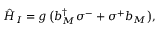
\begin{array} { r } { \hat { H } _ { I } = g \, \big ( b _ { M } ^ { \dagger } \sigma ^ { - } + \sigma ^ { + } b _ { M } \big ) , } \end{array}